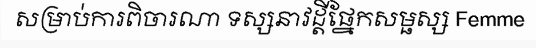
សម្រាប់ការពិចារណា ទស្សនាវដ្តីផ្នែកសម្ផស្ស Femme